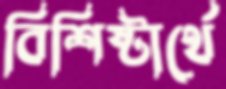
বিশিষ্টার্থে